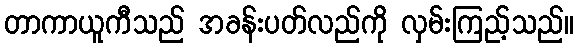
တာကာယူကီသည် အခန်းပတ်လည်ကို လှမ်းကြည့်သည်။